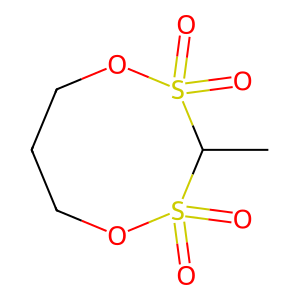
SMILES: CC1S(=O)(=O)OCCCOS1(=O)=O
Inhibits HIV replication: No